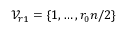
\mathcal { V } _ { r 1 } = \{ 1 , \dots , r _ { 0 } n / 2 \}